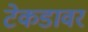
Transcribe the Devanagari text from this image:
टेकडावर